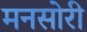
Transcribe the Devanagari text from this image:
मनसोरी